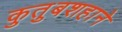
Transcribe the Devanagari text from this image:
कुतुबशहाने